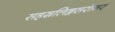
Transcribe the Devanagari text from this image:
सहस्रलिङ्गसरोवर